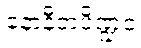
နောနီတပိဏ္ဍံဝ